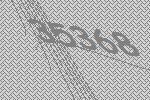
35368